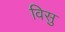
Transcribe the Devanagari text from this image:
विसु